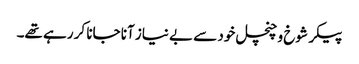
پیکر شوخ و چنچل خود سے بے نیاز آنا جانا کر رہے تھے۔